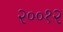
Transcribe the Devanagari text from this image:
२००१२